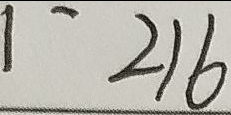
1 ^ { - } 2 1 6